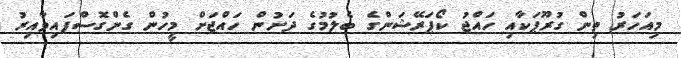
މިއަހަރު ތިން ގުރޫޕަކާއި ހައްޖު ކޯޕަރޭޝަންގެ ބެލުމުގެ ދަށުން ހައްޖަށް މީހުން ގެންގޮސްފައިވާއިރު